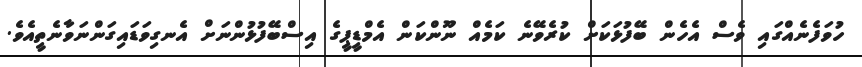
ހުވަފެނެއްގައި ވެސް އެހެން ބޭފުޅަކަށް ކުރެވޭނެ ކަމެއް ނޫންކަން އެމްޑީޕީގެ އިސްބޭފުޅުންނަށް އެނގިވަޑައިގަންނަވާނެތީއެވެ.